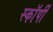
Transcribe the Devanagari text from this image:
स्काॅर्पी